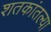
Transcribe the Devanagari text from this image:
शतकांतल्या